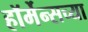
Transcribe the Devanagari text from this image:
हॉर्मेन्सच्या